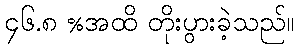
၄၆.၈ %အထိ တိုးပွားခဲ့သည်။